Scottish Leaving Certificate Examination, 1961
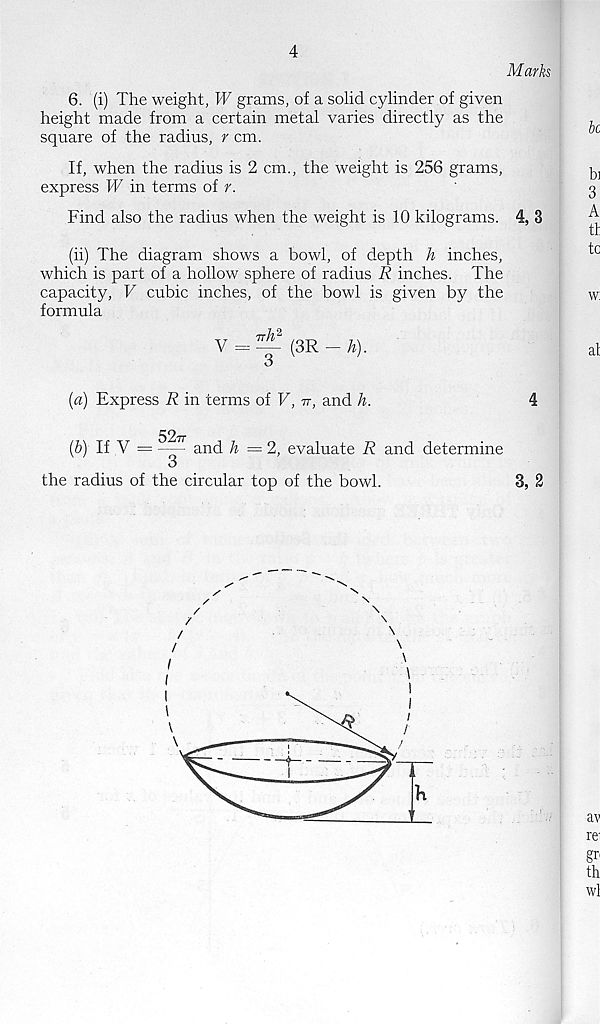
4
Marks
6. (i) The weight, W grams, of a solid cylinder of given
height made from a certain metal varies directly as the
square of the radius, r cm.
If, when the radius is 2 cm., the weight is 256 grams,
express W in terms of r.
Find also the radius when the weight is 10 kilograms. 4, 3
(ii) The diagram shows a bowl, of depth h inches,
which is part of a hollow sphere of radius R inches. The
capacity, V cubic inches, of the bowl is given by the
formula
V
jtM
3
(3R
h).
(a) Express R in terms of V, tt, and h.
52it
(b) If V = -- and h =2, evaluate R and determine
the radius of the circular top of the bowl.
3, 2